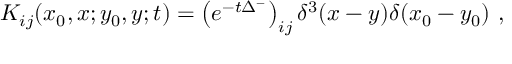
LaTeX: K _ { i j } ( x _ { 0 } , x ; y _ { 0 } , y ; t ) = \left( e ^ { - t \Delta ^ { - } } \right) _ { i j } \delta ^ { 3 } ( x - y ) \delta ( x _ { 0 } - y _ { 0 } ) \ ,